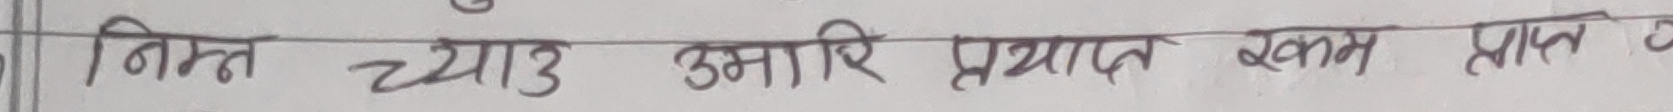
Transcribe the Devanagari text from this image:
निम्न च्याउ उमारे प्रयाप्त रकम प्राप्त गरे